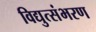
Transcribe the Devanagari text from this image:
विद्युत्संभरण